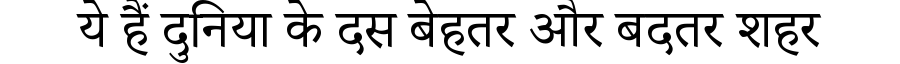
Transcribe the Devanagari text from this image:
ये हैं दुनिया के दस बेहतर और बदतर शहर